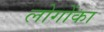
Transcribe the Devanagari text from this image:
लोगोंका